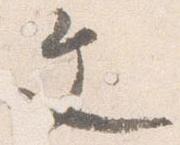
文